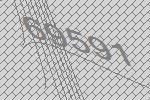
69591